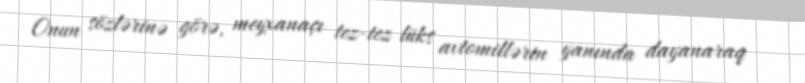
Onun sözlərinə görə, meyxanaçı tez-tez lüks avtomillərin yanında dayanaraq